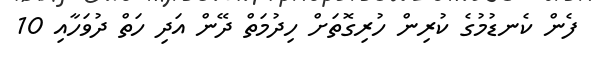
ފެން ކެނޑުމުގެ ކުރިން ހުރިގޮތަށް ހިދުމަތް ދޭން އަދި ހަތް ދުވަހާއި 10